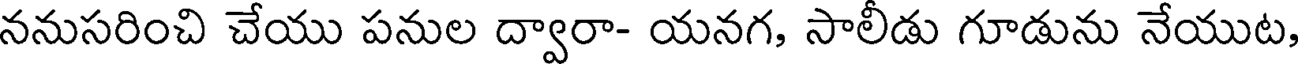
ననుసరించి చేయు పనుల ద్వారా- యనగ, సాలీడు గూడును నేయుట,